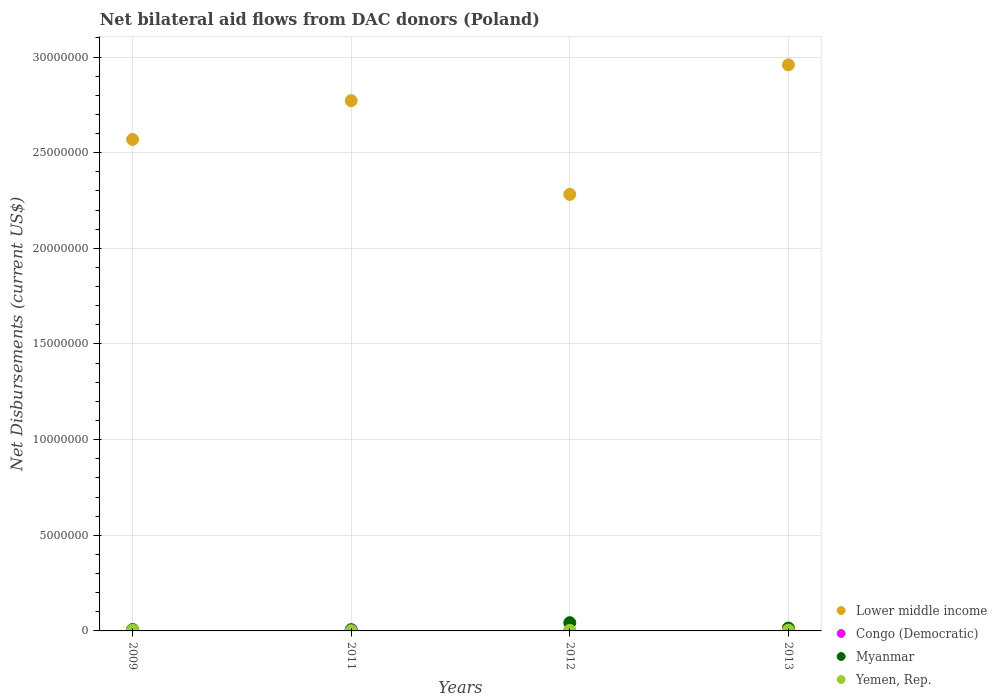
| Years | Lower middle income | Congo (Democratic) | Myanmar | Yemen, Rep. |
 | --- | --- | --- | --- | --- |
 | 2009 | 2.57e+07 | 6e+04 | 7e+04 | 4e+04 |
 | 2011 | 2.77e+07 | 7e+04 | 5e+04 | 1e+04 |
 | 2012 | 2.28e+07 | 2e+04 | 4.3e+05 | 3e+04 |
 | 2013 | 2.96e+07 | 2e+04 | 1.5e+05 | 4e+04 |